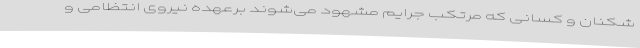
‌شکنان و کسانی که مرتکب جرایم مشهود می‌شوند برعهده نیروی انتظامی و